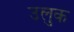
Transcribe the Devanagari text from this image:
उलुक